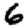
Digit: 6